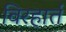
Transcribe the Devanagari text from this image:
विरहार्त